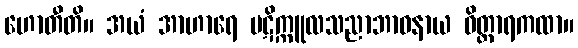
ဟောတီတိ။ အယံ အာဟာရေ ပဋိက္ကူလသညာဘာဝနာယ ဝိတ္ထာရကထာ။